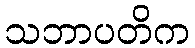
သဘာပတိက